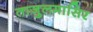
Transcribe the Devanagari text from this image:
ताजुलमासिर